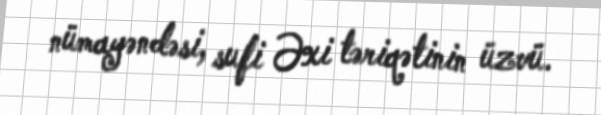
nümayəndəsi, sufi Əxi təriqətinin üzvü.